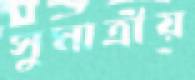
সুমাত্রীয়